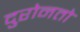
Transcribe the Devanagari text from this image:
दुरोनतो